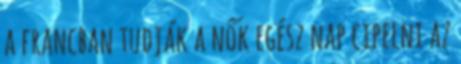
a francban tudják a nők egész nap cipelni az